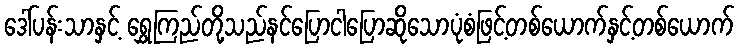
ဒေါ်ပန်းသာနှင့် ရွှေကြည်တို့သည်နင်ပြောငါပြောဆိုသောပုံစံဖြင့်တစ်ယောက်နှင့်တစ်ယောက်